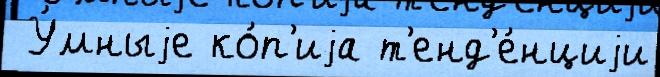
 У́мныjе ко́п'иjа т'енд'е́нциjи